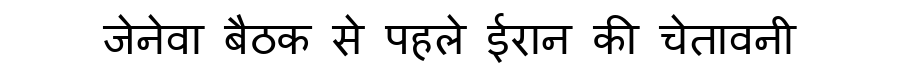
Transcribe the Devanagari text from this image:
जेनेवा बैठक से पहले ईरान की चेतावनी